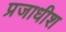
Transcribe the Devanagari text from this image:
प्रजाधीश